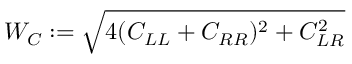
\begin{array} { r } { W _ { C } : = \sqrt { 4 ( C _ { L L } + C _ { R R } ) ^ { 2 } + C _ { L R } ^ { 2 } } } \end{array}